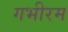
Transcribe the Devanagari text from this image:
गभीरम